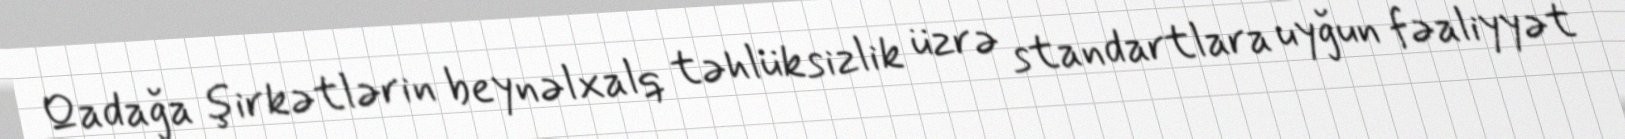
Qadağa şirkətlərin beynəlxalq təhlüksizlik üzrə standartlara uyğun fəaliyyət